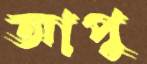
আপু